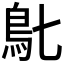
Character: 𩾙